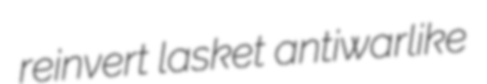
reinvert lasket antiwarlike